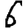
Digit: 6